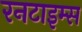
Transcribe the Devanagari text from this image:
रनटाइम्स